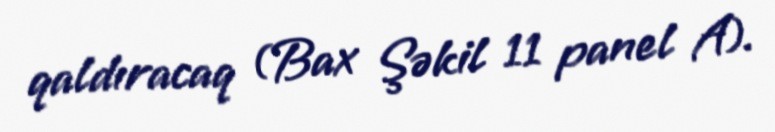
qaldıracaq (Bax Şəkil 11 panel A).